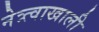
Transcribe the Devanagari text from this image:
नेत्र्त्वाखाली